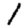
Digit: 1